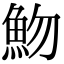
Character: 魩